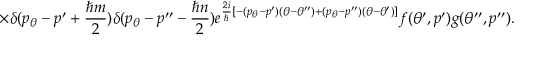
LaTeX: \times \delta ( p _ { \theta } - p ^ { \prime } + \frac { \hbar m } { 2 } ) \delta ( p _ { \theta } - p ^ { \prime \prime } - \frac { \hbar n } { 2 } ) e ^ { \frac { 2 i } { \hbar } [ - ( p _ { \theta } - p ^ { \prime } ) ( \theta - \theta ^ { \prime \prime } ) + ( p _ { \theta } - p ^ { \prime \prime } ) ( \theta - \theta ^ { \prime } ) ] } f ( \theta ^ { \prime } , p ^ { \prime } ) g ( \theta ^ { \prime \prime } , p ^ { \prime \prime } ) .